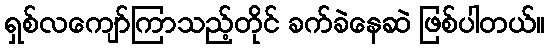
ရှစ်လကျော်ကြာသည့်တိုင် ခက်ခဲနေဆဲ ဖြစ်ပါတယ်။